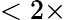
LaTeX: <2\times